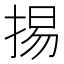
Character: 掦